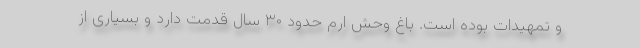
و تمهیدات بوده است. باغ وحش ارم حدود ۳۰ سال قدمت دارد و بسیاری از